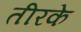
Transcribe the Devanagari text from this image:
तीरके